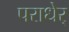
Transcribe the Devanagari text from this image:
पराधेर्